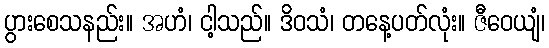
ပွားစေသနည်း။ အဟံ၊ ငါ့သည်။ ဒိဝသံ၊ တနေ့ပတ်လုံး။ ဇီဝေယျံ၊